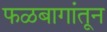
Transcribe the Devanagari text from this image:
फळबागांतून